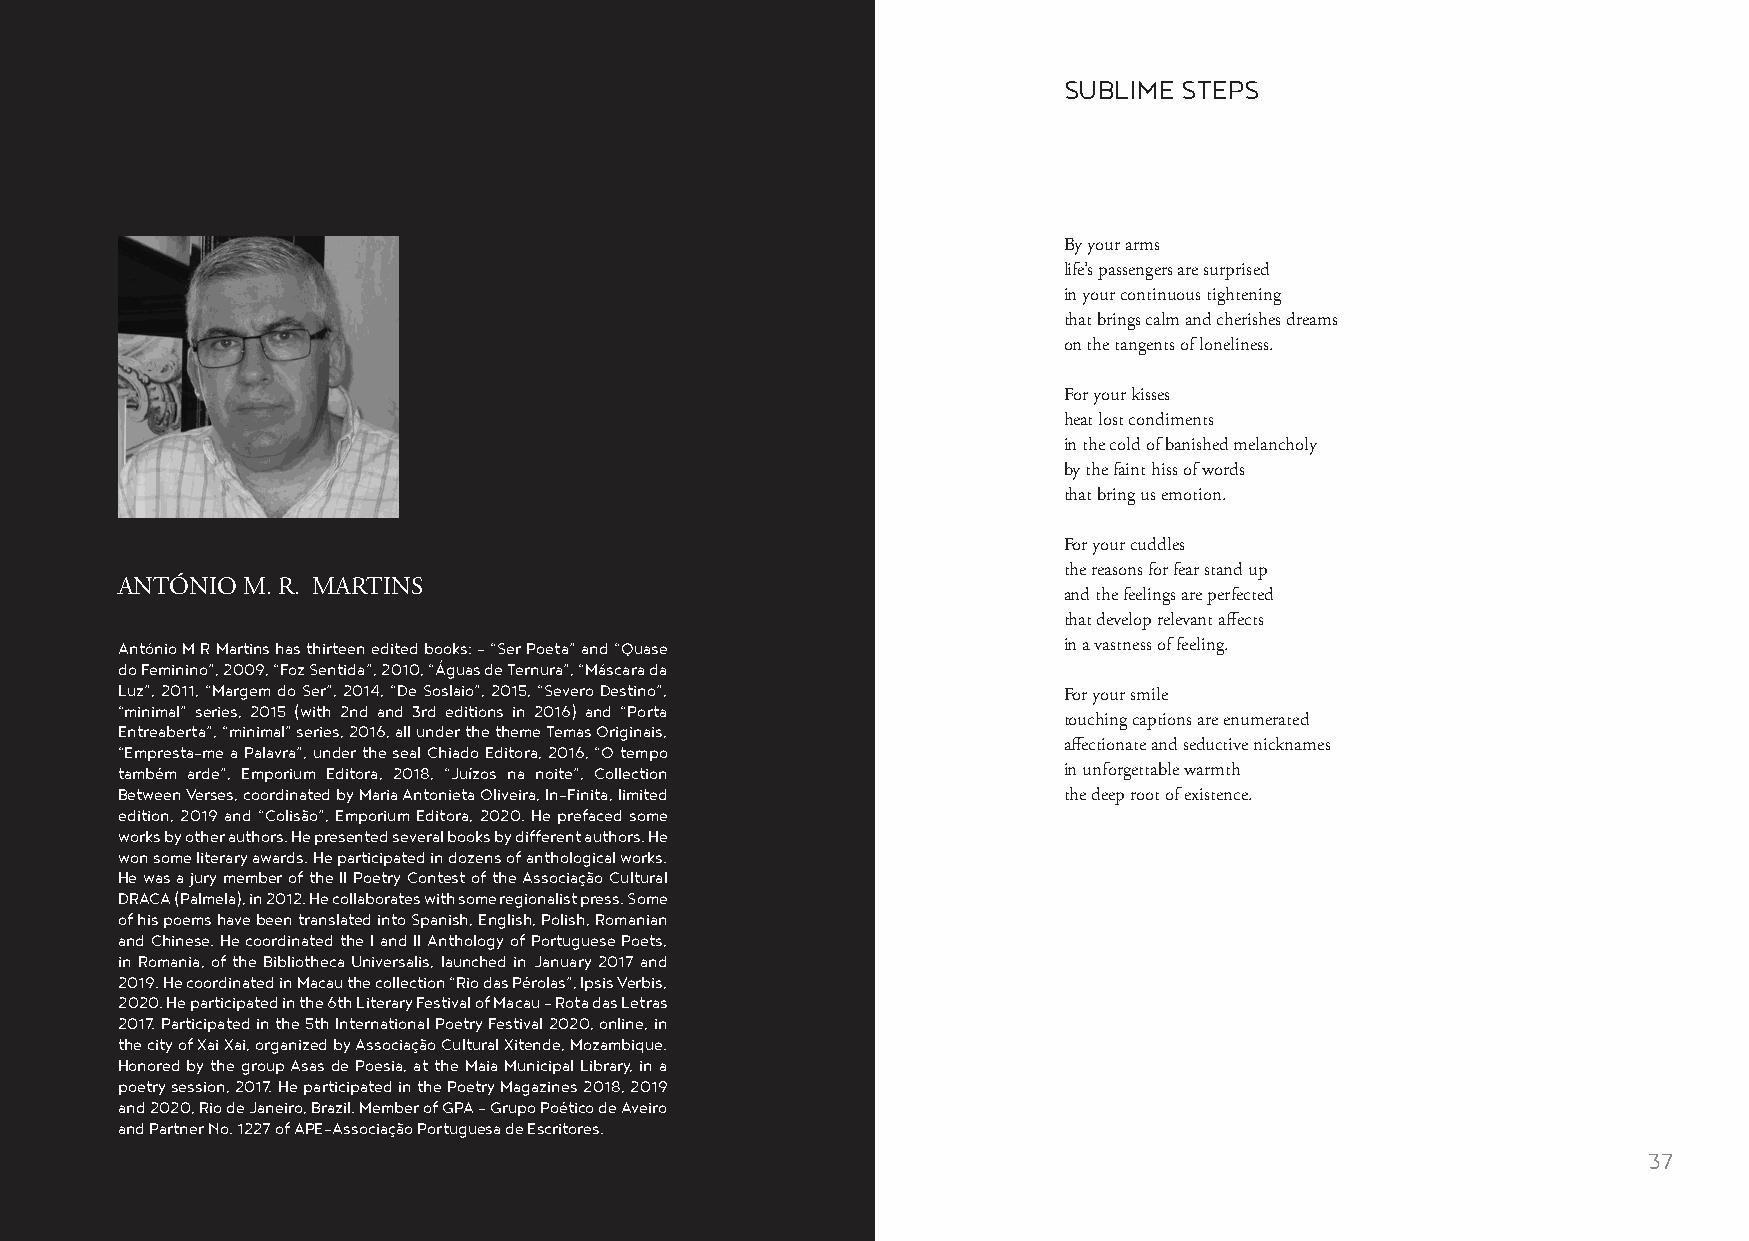
SUBLIME STEPS
 By your arms
 life’s passengers are surprised
 in your continuous tightening
 that brings calm and cherishes dreams
 on the tangents of loneliness.
 For your kisses
 heat lost condiments
 in the cold of banished melancholy
 by the faint hiss of words
 that bring us emotion.
 For your cuddles
 the reasons for fear stand up
 ANTÓNIO M. R. MARTINS
 and the feelings are perfected
 that develop relevant affects
 António M R Martins has thirteen edited books: - “Ser Poeta” and “Quase in a vastness of feeling.
 do Feminino”, 2009, “Foz Sentida”, 2010, “Águas de Ternura”, “Máscara da
 Luz”, 2011, “Margem do Ser”, 2014, “De Soslaio”, 2015, “Severo Destino”,
 For your smile
 “minimal” series, 2015 (with 2nd and 3rd editions in 2016) and “Porta
 touching captions are enumerated
 Entreaberta”, “minimal” series, 2016, all under the theme Temas Originais,
 “Empresta-me a Palavra”, under the seal Chiado Editora, 2016, “O tempo affectionate and seductive nicknames
 também arde”, Emporium Editora, 2018, “Juízos na noite”, Collection in unforgettable warmth
 Between Verses, coordinated by Maria Antonieta Oliveira, In-Finita, limited the deep root of existence.
 edition, 2019 and “Colisão”, Emporium Editora, 2020. He prefaced some
 works by other authors. He presented several books by different authors. He
 won some literary awards. He participated in dozens of anthological works.
 He was a jury member of the II Poetry Contest of the Associação Cultural
 DRACA (Palmela), in 2012. He collaborates with some regionalist press. Some
 of his poems have been translated into Spanish, English, Polish, Romanian
 and Chinese. He coordinated the I and II Anthology of Portuguese Poets,
 in Romania, of the Bibliotheca Universalis, launched in January 2017 and
 2019. He coordinated in Macau the collection “Rio das Pérolas”, Ipsis Verbis,
 2020. He participated in the 6th Literary Festival of Macau - Rota das Letras
 2017. Participated in the 5th International Poetry Festival 2020, online, in
 the city of Xai Xai, organized by Associação Cultural Xitende, Mozambique.
 Honored by the group Asas de Poesia, at the Maia Municipal Library, in a
 poetry session, 2017. He participated in the Poetry Magazines 2018, 2019
 and 2020, Rio de Janeiro, Brazil. Member of GPA - Grupo Poético de Aveiro
 and Partner No. 1227 of APE-Associação Portuguesa de Escritores.
 36                                                                                                      37